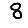
Digit: 8